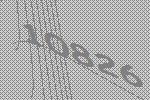
10826